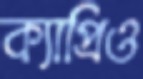
ক্যাপ্রিও